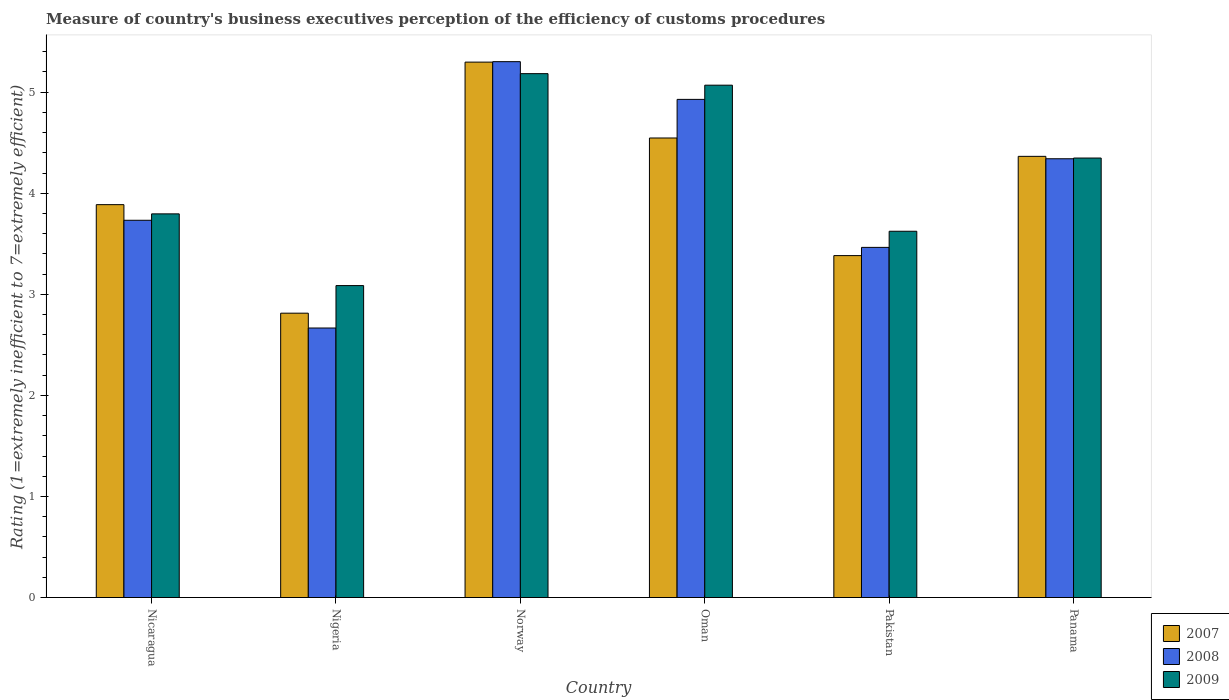
| Country | 2007 | 2008 | 2009 |
 | --- | --- | --- | --- |
 | Nicaragua | 3.89 | 3.73 | 3.8 |
 | Nigeria | 2.81 | 2.67 | 3.09 |
 | Norway | 5.3 | 5.3 | 5.18 |
 | Oman | 4.55 | 4.93 | 5.07 |
 | Pakistan | 3.38 | 3.46 | 3.62 |
 | Panama | 4.36 | 4.34 | 4.35 |